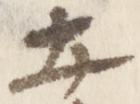
土